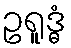
ဥရူဒ္ဓံ